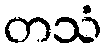
တသံ